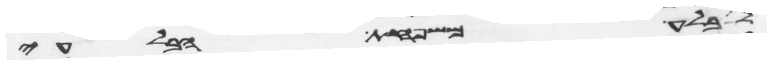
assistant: לבלע משפחת הבלעי